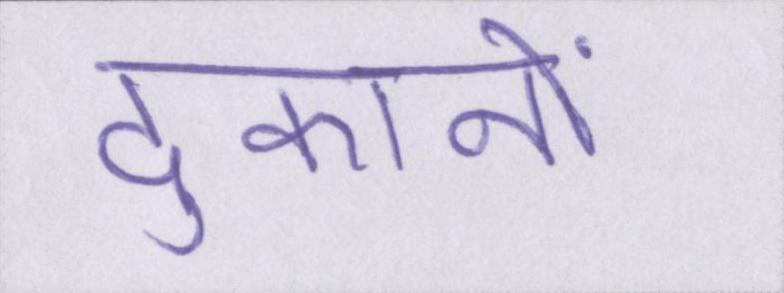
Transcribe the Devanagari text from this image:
दुकानों